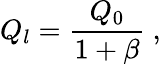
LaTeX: Q_{l}=\frac{Q_{0}}{1+\beta}~,